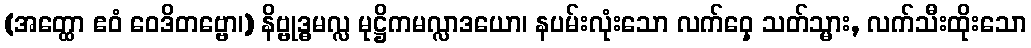
(အတ္ထော ဧဝံ ဝေဒိတဗ္ဗော၊) နိဗ္ဗုဒ္ဓမလ္လ မုဋ္ဌိကမလ္လာဒယော၊ နပမ်းလုံးသော လက်ဝှေ့ သတ်သ္မား, လက်သီးထိုးသော